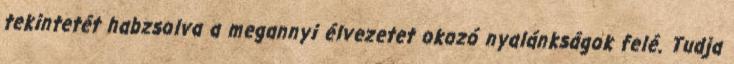
tekintetét habzsolva a megannyi élvezetet okozó nyalánkságok felé. Tudja